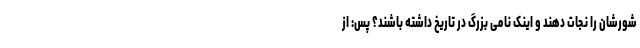
شورشان را نجات دهند و اینک نامی بزرگ در تاریخ داشته باشند؟ پس: از